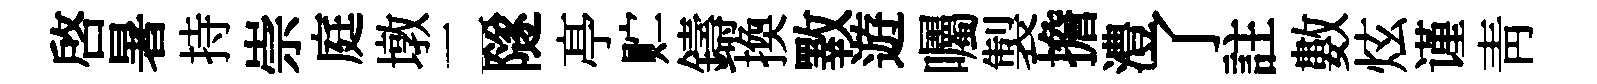
啓暑持崇庭墩二隧𠅘贮鑄換斁遊囑製擔澧了註數炫谨靑